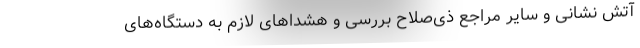
آتش نشانی و سایر مراجع ذی‌صلاح بررسی و هشداهای لازم به دستگاه‌های